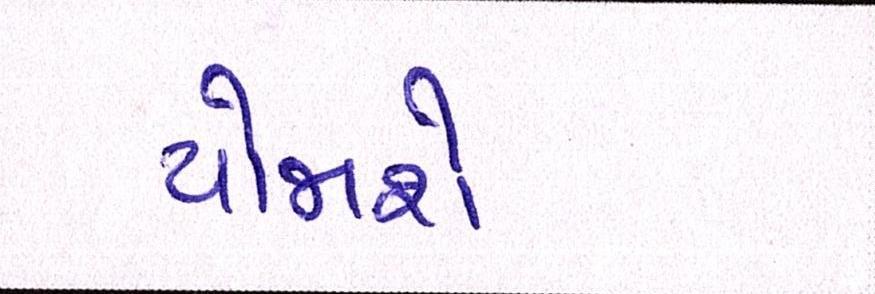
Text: યોજાશે